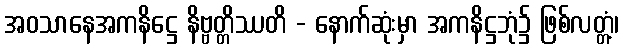
အဝသာနေအကနိဋ္ဌေ နိဗ္ဗတ္တိဿတိ - နောက်ဆုံးမှာ အကနိဋ္ဌဘုံ၌ ဖြစ်လတ္တံ့၊